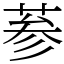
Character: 𦲞